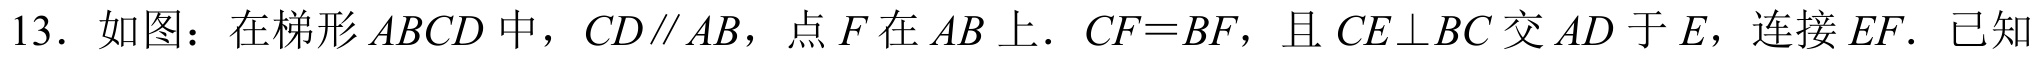
13. 如图：在梯形\(ABCD\)中，\(CD\parallel AB\)，点\(F\)在\(AB\)上. \(CF = BF\)，且\(CE\perp BC\)交\(AD\)于\(E\)，连接\(EF\). 已知